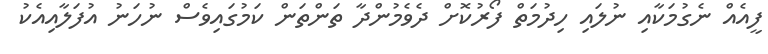
ފީއެއް ނެގުމަކާއި ނުލައި ހިދުމަތް ފޯރުކޮށް ދެވެމުންދާ ތަންތަން ކަމުގައިވެސް ނުހަނު އުފަލާއިއެކު